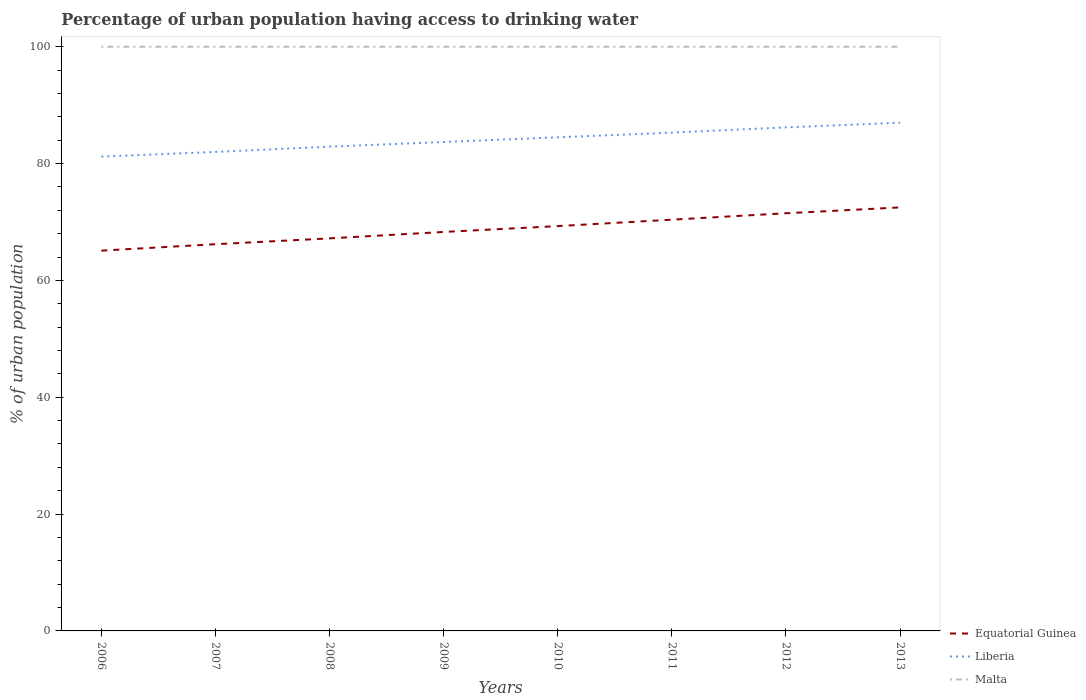
| Years | Equatorial Guinea | Liberia | Malta |
 | --- | --- | --- | --- |
 | 2006 | 65.1 | 81.2 | 100 |
 | 2007 | 66.2 | 82 | 100 |
 | 2008 | 67.2 | 82.9 | 100 |
 | 2009 | 68.3 | 83.7 | 100 |
 | 2010 | 69.3 | 84.5 | 100 |
 | 2011 | 70.4 | 85.3 | 100 |
 | 2012 | 71.5 | 86.2 | 100 |
 | 2013 | 72.5 | 87 | 100 |